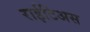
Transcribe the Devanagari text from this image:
राईटिअस